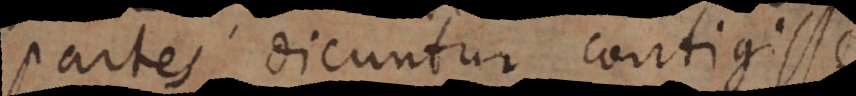
partes dicuntur contigisse.